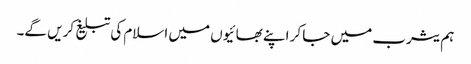
ہم یثرب میں جا کر اپنے بھائیوں میں اسلام کی تبلیغ کریں گے۔